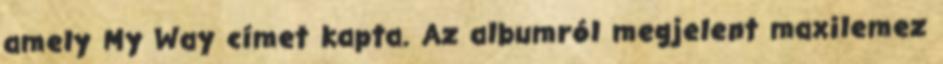
amely My Way címet kapta. Az albumról megjelent maxilemez